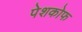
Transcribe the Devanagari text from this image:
पेशकोफ